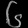
Digit: ၆